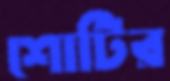
শোটির